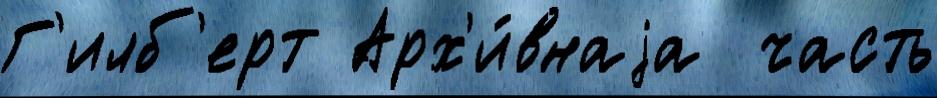
Г'илб'ерт Арх'и́внаjа  часть